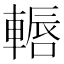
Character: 𨎂